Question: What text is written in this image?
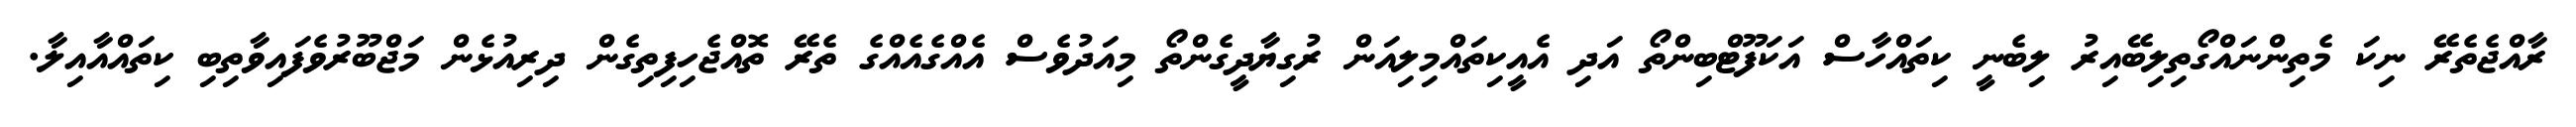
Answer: ރާއްޖެތެރޭ ނިކަ މެތިންނައްގޯތިލިބޭއިރު ލިބެނީ ކިތައްހާސް އަކަފޫޓްބިންތޯ އަދި އެއީކިތައްމިލިއަން ރުގިޔާދީގެންތޯ މިއަދުވެސް އެއްގެއެއްގެ ތެރޭ ތޮއްޖެހިފިތިގެން ދިރިއުޅެން މަޖްބޫރުވެފައިވާތިބި ކިތައްއާއިލާ.